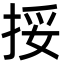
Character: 挼